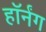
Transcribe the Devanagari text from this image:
हॉर्नंग